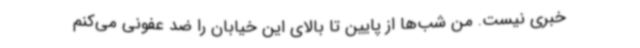
خبری نیست. من شب‌ها از پایین تا بالای این خیابان را ضد عفونی می‌کنم